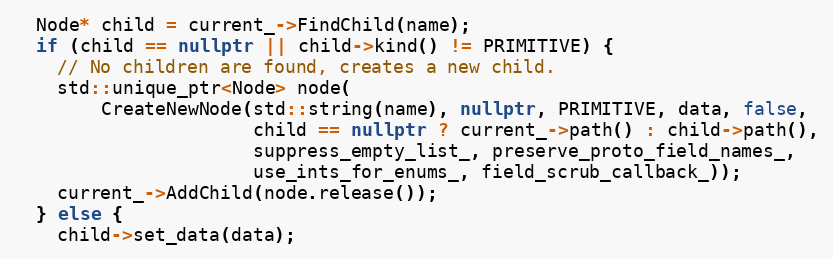
Language: C++
  Node* child = current_->FindChild(name);
  if (child == nullptr || child->kind() != PRIMITIVE) {
    // No children are found, creates a new child.
    std::unique_ptr<Node> node(
        CreateNewNode(std::string(name), nullptr, PRIMITIVE, data, false,
                      child == nullptr ? current_->path() : child->path(),
                      suppress_empty_list_, preserve_proto_field_names_,
                      use_ints_for_enums_, field_scrub_callback_));
    current_->AddChild(node.release());
  } else {
    child->set_data(data);